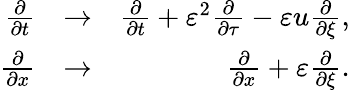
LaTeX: \begin{array}{rlr}{\frac{\partial}{\partial t}}&{\to}&{\frac{\partial}{\partial t}+\varepsilon^{2}\frac{\partial}{\partial\tau}-\varepsilon u\frac{\partial}{\partial\xi},}\\ {\frac{\partial}{\partial x}}&{\to}&{\frac{\partial}{\partial x}+\varepsilon\frac{\partial}{\partial\xi}.}\end{array}